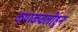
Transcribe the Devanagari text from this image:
कणकवलीहुन